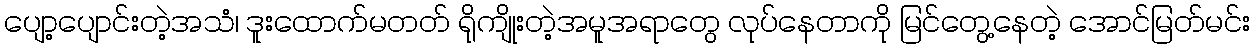
ပျော့ပျောင်းတဲ့အသံ၊ ဒူးထောက်မတတ် ရိုကျိုးတဲ့အမူအရာတွေ လုပ်နေတာကို မြင်တွေ့နေတဲ့ အောင်မြတ်မင်း